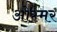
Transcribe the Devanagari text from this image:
ओस्मर